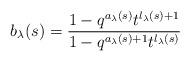
LaTeX: \begin{align*}b_\lambda(s) = \dfrac{1- q^{a_\lambda(s)} t^{l_\lambda(s)+1} }{1-q^{a_\lambda(s)+1} t^{l_\lambda(s)}}\end{align*}